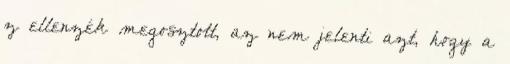
z ellenzék megosztott, az nem jelenti azt, hogy a